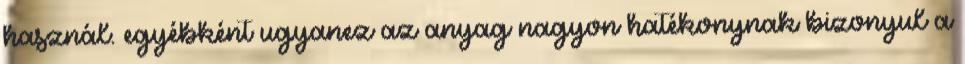
használ. egyébként ugyanez az anyag nagyon hatékonynak bizonyul a